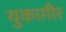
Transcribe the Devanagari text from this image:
युकाग़ीर